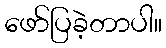
ဖော်ပြခဲ့တာပါ။